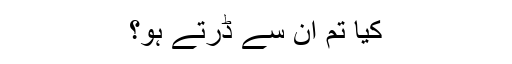
کیا تم اُن سے ڈرتے ہو؟